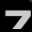
Digit: 7